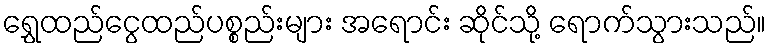
ရွှေထည်ငွေထည်ပစ္စည်းများ အရောင်း ဆိုင်သို့ ရောက်သွားသည်။